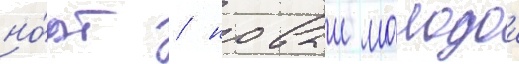
но́рт / новыи молодои